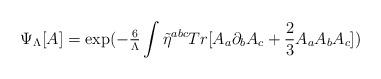
LaTeX: \begin{align*}\Psi_{\Lambda}[A] = {\rm exp} (-{\textstyle{6 \over \Lambda}}\int \tilde{\eta}^{abc} Tr[A_a\partial_b A_c +{\textstyle 2 \over 3} A_a A_b A_c])\end{align*}